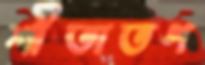
শীতাতপ